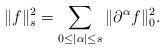
LaTeX: \begin{align*}\|f\|_{s}^{2}=\sum_{0\leq|\alpha|\leq s}\|\partial^{\alpha}f\|_{0}^{2}.\end{align*}